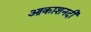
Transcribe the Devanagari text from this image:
आकाशनदी